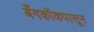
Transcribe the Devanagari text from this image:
बँगकॉकपासून